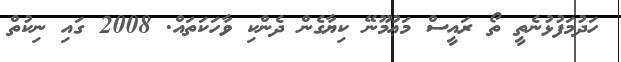
ހަދުމަފުޅުނެތީ ތޯ ރައީސް މަޢުމޫނޭ ކިޔާގެން ދެންކި ވާހަކަތައް. 2008 ގައި ނިކުތް